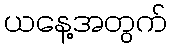
ယနေ့အတွက်